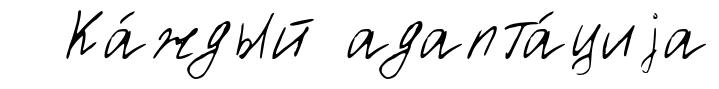
Ка́ждый адапта́циjа